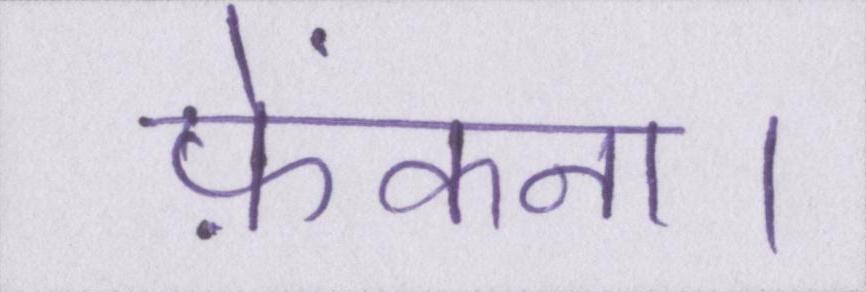
फ़ेंकना।